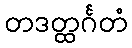
တဒတ္ထင်္ဂတံ